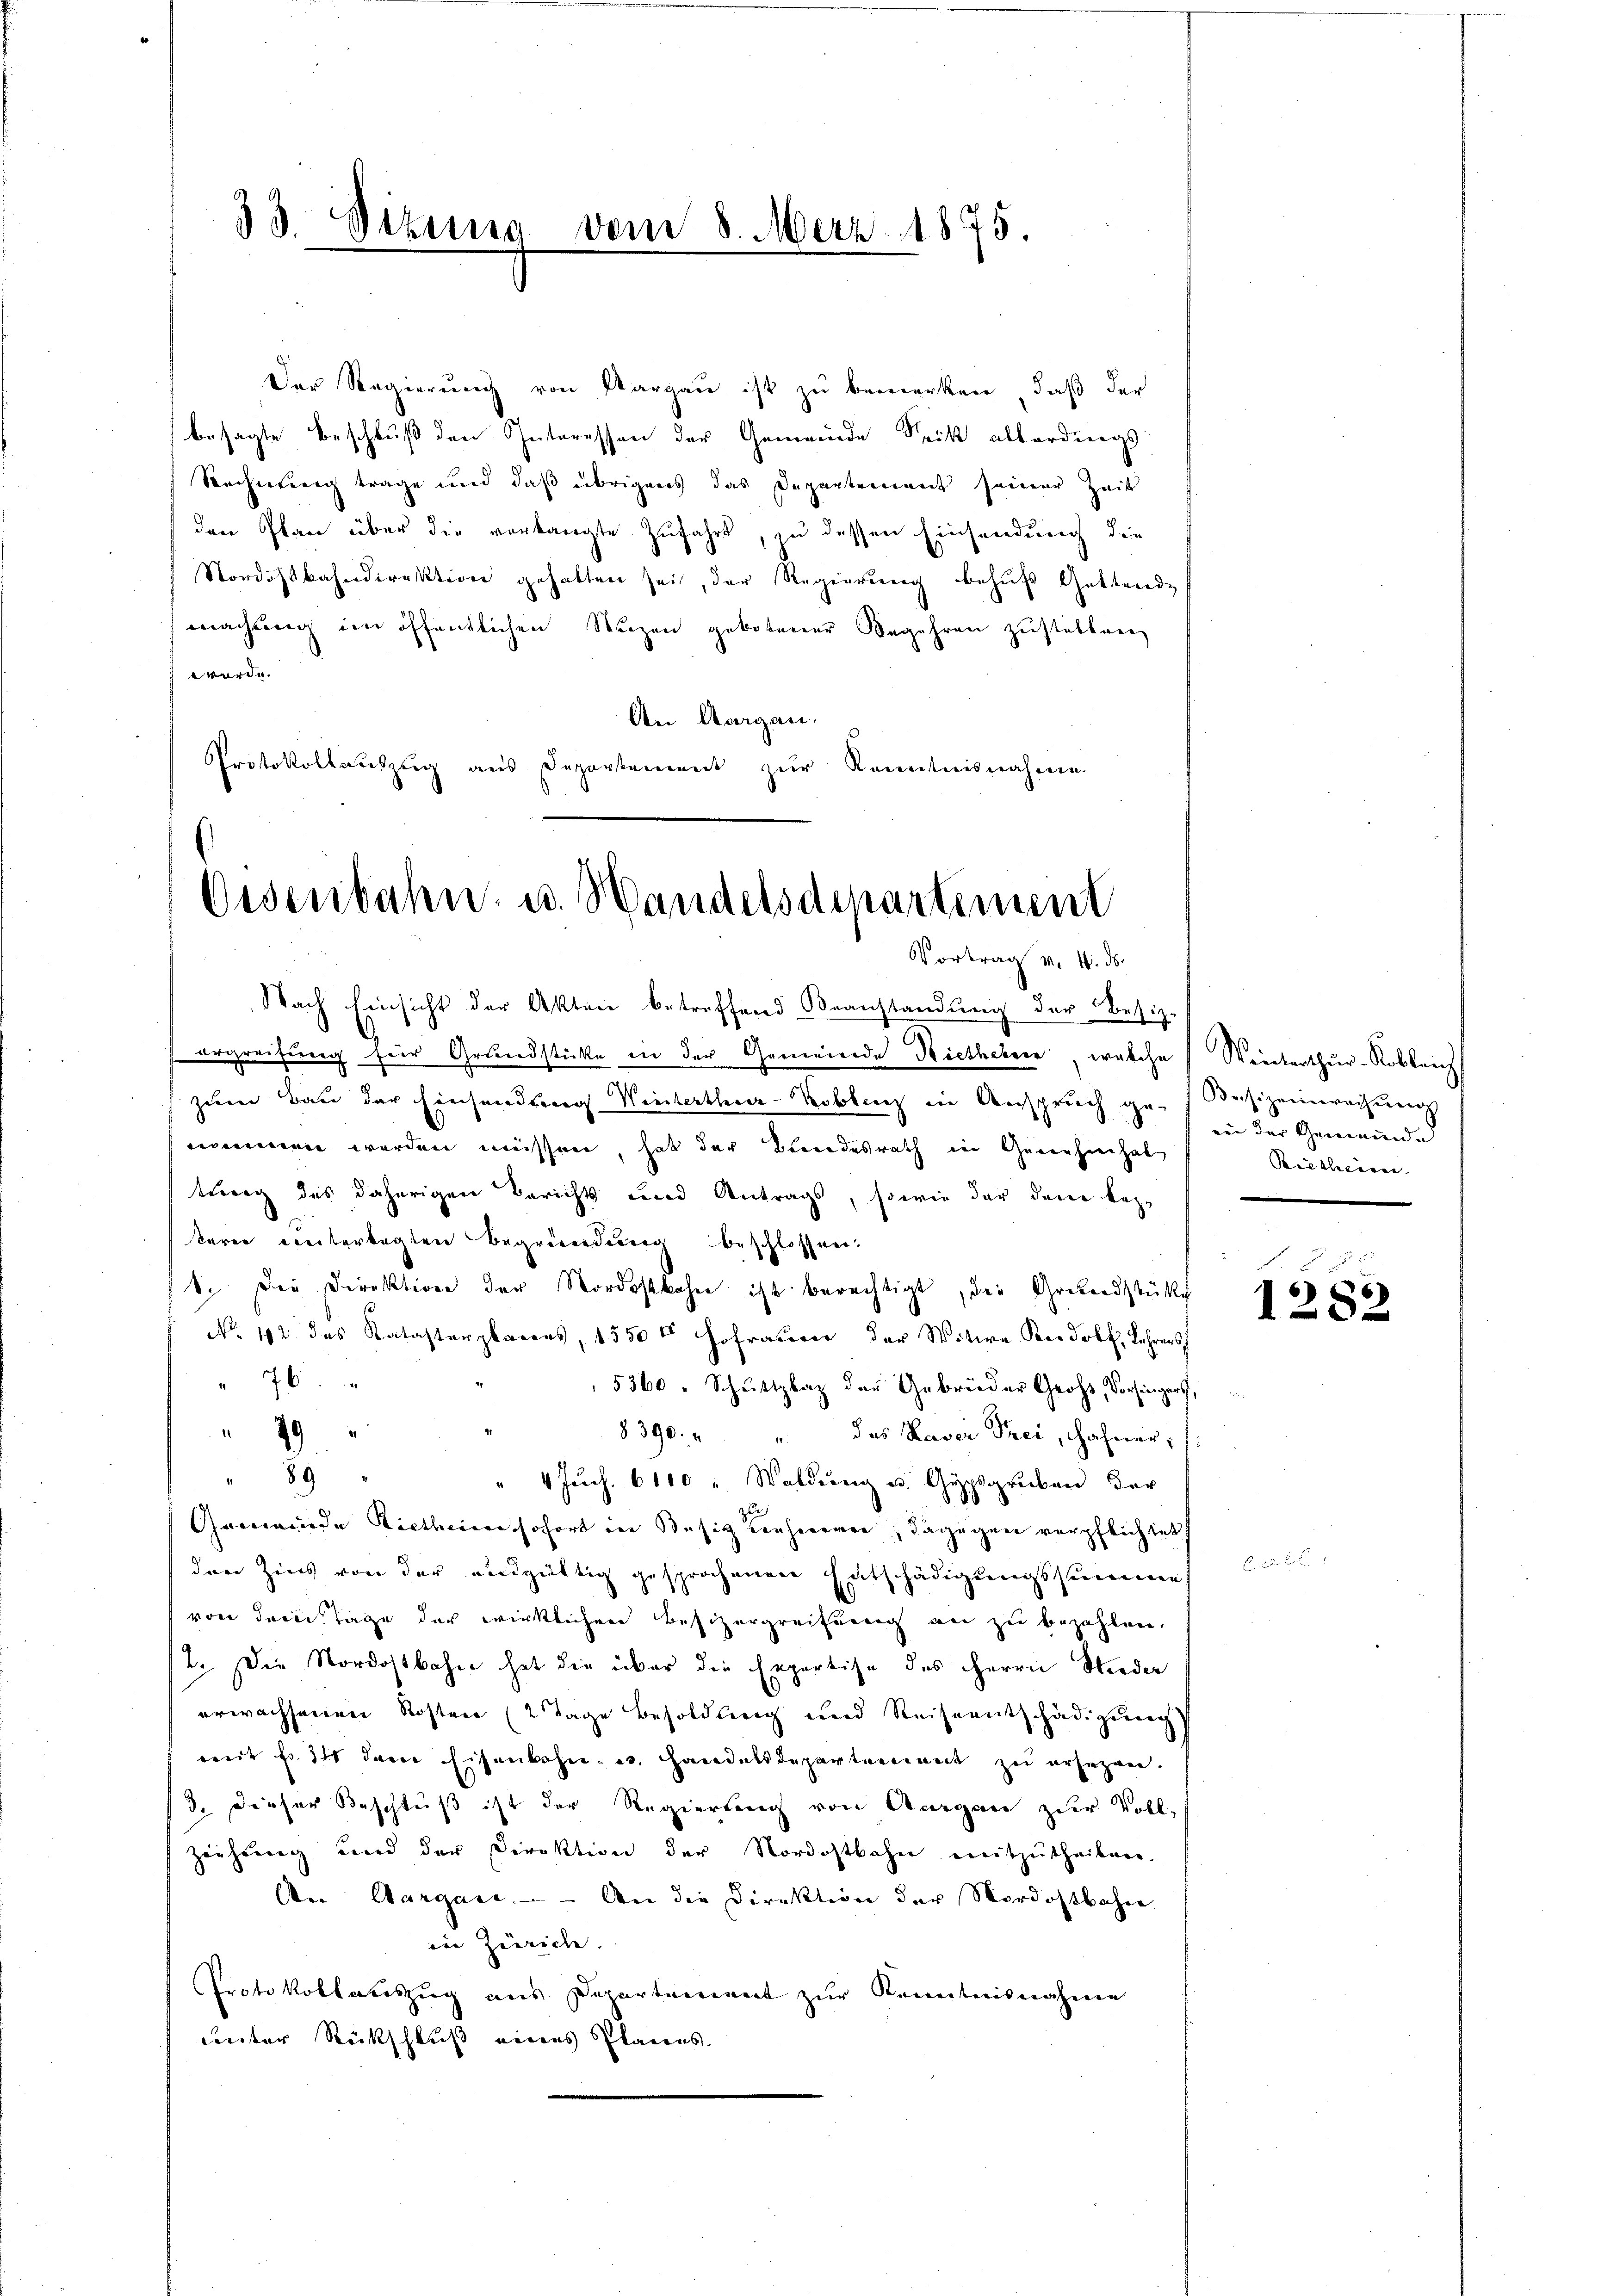
33. Sitzung vom 8. Merz 1875.

Der Regierung von Aargau ist zu bemerken, daß der
besagte Beschluß den Interessen der Gemeinde Speck allerdings
Rechnung trage und daß übrigens das Departement seiner Zeit
den Plan über die verlangte Zufahrt, in dessen Einsendung die
Nordostbahndirektion gehalten sei, der Regierung behufs Gestande
machung im öffentlichen Wuzen gebotener Begehren zustellen
würde.
An Aargau.
Protokollauszug aus Departement zur Kenntnisnahme

Eisenbahn u. Handelsdepartement
Vortrag v. 4. ds.

Nach Einsicht der Akten betreffend Beanstandung der Besiz-
ergreifung für Grundstücke in der Gemeinde Rietheber, welche Winterthur-Roblauch
zum Bau der Einsendung Winterther- Koblenz in Anspruch ge-Besizeiwachung
nommen werden müssen, hat der Bundesrath in Geruhinhal
tung des daherigen Berichts und Antrags, sowie der den beze
kern untertagten Begründung beschlossen.
1. Die Direktion der Nordostbahn ist berechtigt, die Grundstückch
No. 112 des Katasterbarens, 1550t Hofraum der Witwe Rudolf, Lehrers
76
5360 " Schuttplaz der Gebrüder Groß, Vorsingers,
 79
8390. " " des Kaver Frei, Hahner,
" 89
" 4 Juch. 6110 " Woldŭng u. Gypsgruben der
Gemeinde Riethen sofort in Besiz nehmeren, dagegen verpflichtet
den Zins von der endgültig gesprochenen Entschädigungssumme
von dem Tage der wirklichen Besizergreifung an zu bezahlen,
12. Die Nordostbahn hat die über die Expertise des Herrn Nieder
erwachsenen Kosten (2 Tage Besoldling und Reiseentschädigung)
weit fr. 31 den Eisenbahne Handelsdepartement zu ersezen.
3. Dieser Beschluß ist der Regierung von Aargau zur Vollzeihung und der Direktion der Nordostbahn mitzutheilen.
An Aargau. — An die Direktion der Nordostbahne.
in Zürich. |
Protokollauszug aus Departement zur Kenntnisnahme
ceter Rückschluß eines Planes.

Bei der Gemeinde
Reckliciren |

6
10